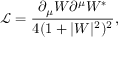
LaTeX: \mathcal { L } = \frac { \partial _ { \mu } W \partial ^ { \mu } W ^ { * } } { 4 ( 1 + | W | ^ { 2 } ) ^ { 2 } } ,